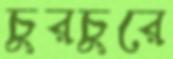
চুরচুরে